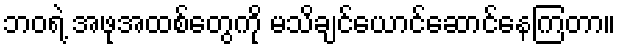
ဘဝရဲ့ အဖုအထစ်တွေကို မသိချင်ယောင်ဆောင်နေကြတာ။